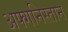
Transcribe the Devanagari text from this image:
अफ्गनिस्तान